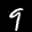
Label: 9